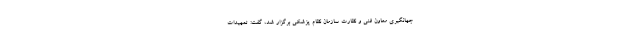
جهانگیری معاون فنی و نظارت سازمان نظام پزشکی برگزار شد، گفت: تمهیدات